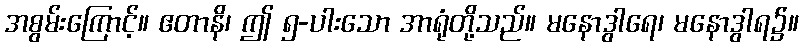
အစွမ်းကြောင့်။ ဧတာနိ၊ ဤ ၅-ပါးသော အာရုံတို့သည်။ မနောဒွါရေ၊ မနောဒွါရ၌။